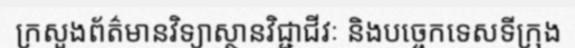
ក្រសួងព័ត៌មានវិទ្យាស្ថានវិជ្ជាជីវៈ និងបច្ចេកទេសទីក្រុង